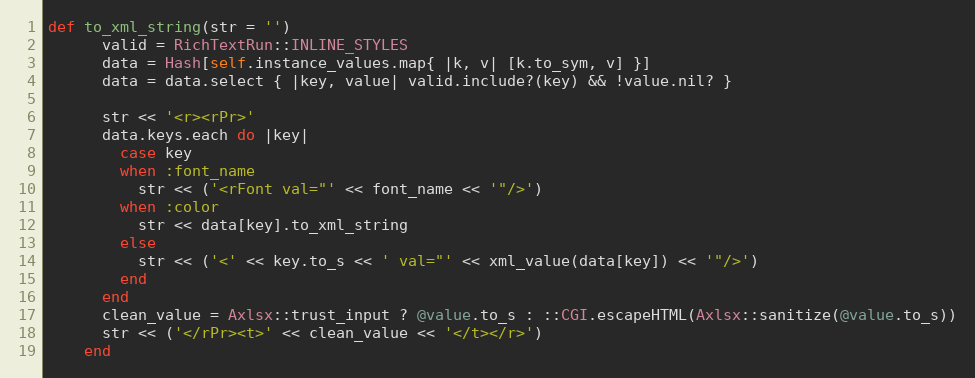
Language: Ruby
def to_xml_string(str = '')
      valid = RichTextRun::INLINE_STYLES
      data = Hash[self.instance_values.map{ |k, v| [k.to_sym, v] }]
      data = data.select { |key, value| valid.include?(key) && !value.nil? }

      str << '<r><rPr>'
      data.keys.each do |key|
        case key
        when :font_name
          str << ('<rFont val="' << font_name << '"/>')
        when :color
          str << data[key].to_xml_string
        else
          str << ('<' << key.to_s << ' val="' << xml_value(data[key]) << '"/>')
        end
      end
      clean_value = Axlsx::trust_input ? @value.to_s : ::CGI.escapeHTML(Axlsx::sanitize(@value.to_s))
      str << ('</rPr><t>' << clean_value << '</t></r>')
    end